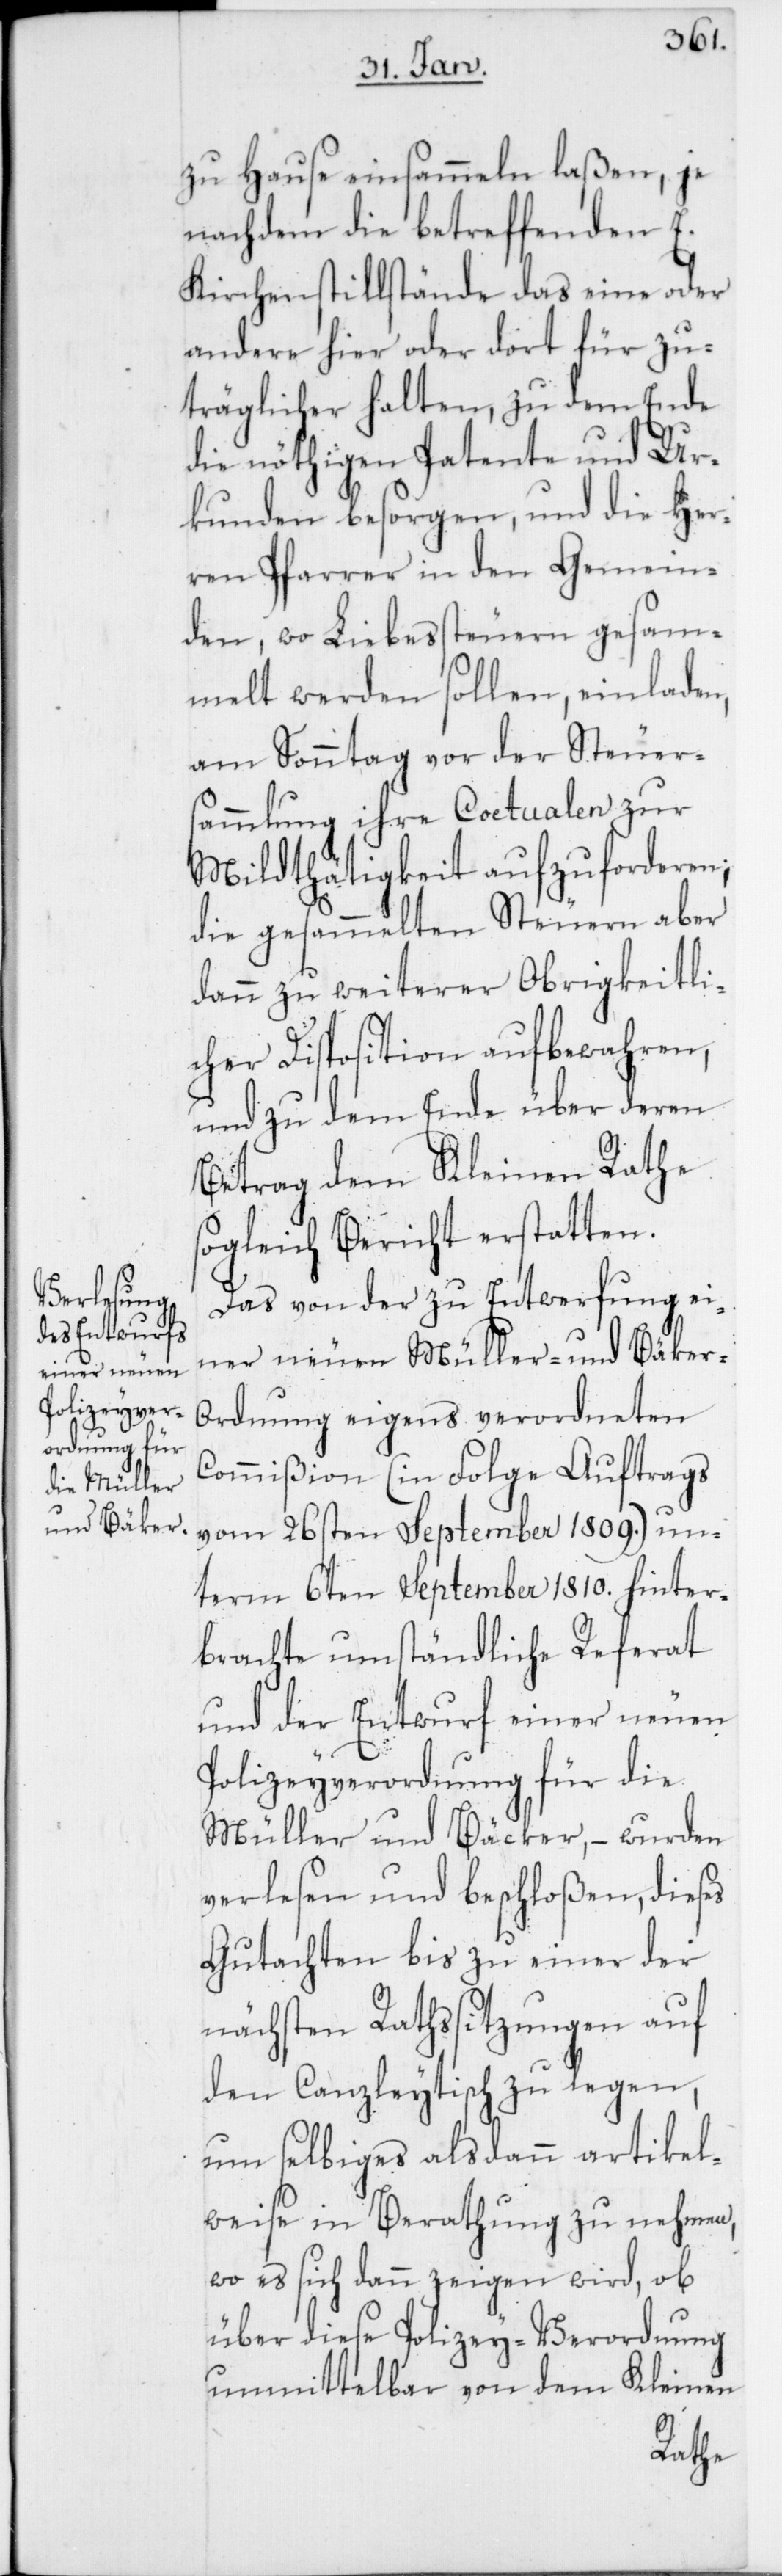
zu Hause einsammeln laßen, je
nachdem die betreffenden E.
Kirchenstillstände das eine oder
andere hier oder dort für zu¬
träglicher halten, zu dem Ende
die nöthigen Patente und Ur¬
kunden besorgen, und die Her¬
ren Pfarrer in den Gemein¬
den, wo Liebessteuern gesam¬
melt werden sollen, einladen,
am Sonntag vor der Steuer¬
sammlung ihre Coetualen zur
Mildthätigkeit aufzuforderen;
die gesammelten Steuern aber
dann zu weiterer Obrigkeitli¬
cher Disposition aufbewahren,
und zu dem Ende über deren
Betrag dem Kleinen Rathe
sogleich Bericht erstatten.
Das von der zu Entwerfung ei¬
ner neuen Müller- und Bäker-O¬
rdnung eigens verordneten
Commißion (in Folge Auftrags
vom 26sten September 1809.) un¬
term 6ten September 1810. hinter¬
brachte umständliche Referat
und der Entwurf einer neuen
Polizeyverordnung für die
Müller und Bäcker, – wurden
verlesen und beschloßen, dieses
Gutachten bis zu einer der
nächsten Rathssitzungen auf
den Canzleytisch zu legen,
um selbiges alsdann artikel¬
weise in Berathung zu nehmen,
wo es sich dann zeigen wird, ob
über diese Polizey-Verordnung
unmittelbar von dem Kleinen